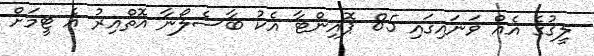
ލީގުގެ އެއް ވަނައިގައި 85 ޕޮއިންޓާ އެކު ބާސެލޯނާ އޮތްއިރު އެ ޓީމަށް